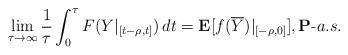
LaTeX: \begin{align*} \lim_{\tau\rightarrow \infty} \frac{1}{\tau} \int_{0}^{\tau} F(Y|_{[t-\rho,t]}) \, dt = \mathbf{E}[f(\overline{Y})|_{[-\rho,0]}], \mathbf{P}\textrm{-}a.s.\end{align*}